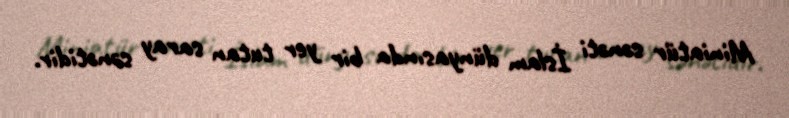
Miniatür sənəti İslam dünyasında bir yer tutan saray sənətidir.